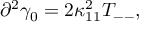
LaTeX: \partial ^ { 2 } \gamma _ { 0 } = 2 \kappa _ { 1 1 } ^ { 2 } T _ { -- } ,